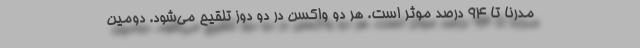
مدرنا تا ۹۴ درصد موثر است. هر دو واکسن در دو دوز تلقیح می‌شود. دومین